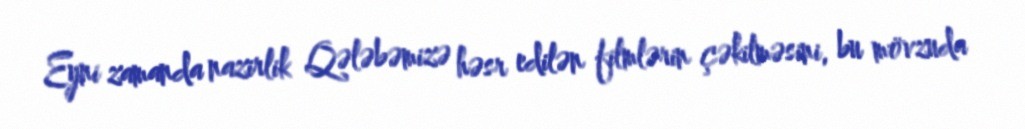
Eyni zamanda nazirlik Qələbəmizə həsr edilən filmlərin çəkilməsini, bu mövzuda